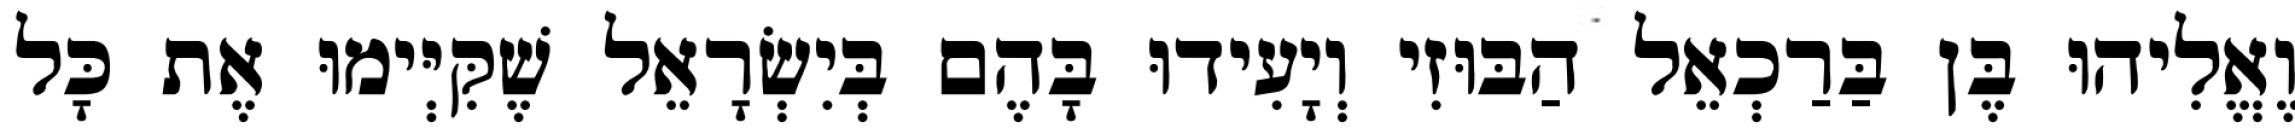
וֶאֱלִיהוּ בֶּן בַּרַכְאֵל הַבּוּזִי וְיָעִידוּ בָּהֶם בְּיִשְׂרָאֵל שֶׁקִּיְּימוּ אֶת כָּל